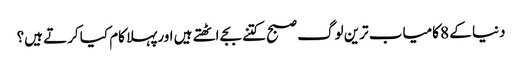
دنیا کے 8 کامیاب ترین لوگ صبح کتنے بجے اٹھتے ہیں اورپہلا کام کیا کرتے ہیں؟